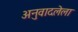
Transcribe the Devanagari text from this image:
अनुवादलेला